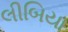
લીબિયા